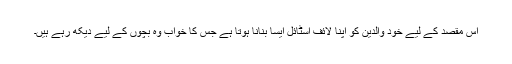
اس مقصد کے لیے خود والدین کو اپنا لائف اسٹائل ایسا بنانا ہوتا ہے جس کا خواب وہ بچوں کے لیے دیکھ رہے ہیں۔